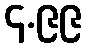
၄.၉၉